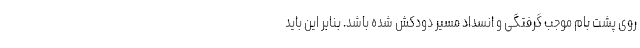
روی پشت بام موجب گرفتگی و انسداد مسیر دودکش شده باشد. بنابر این باید